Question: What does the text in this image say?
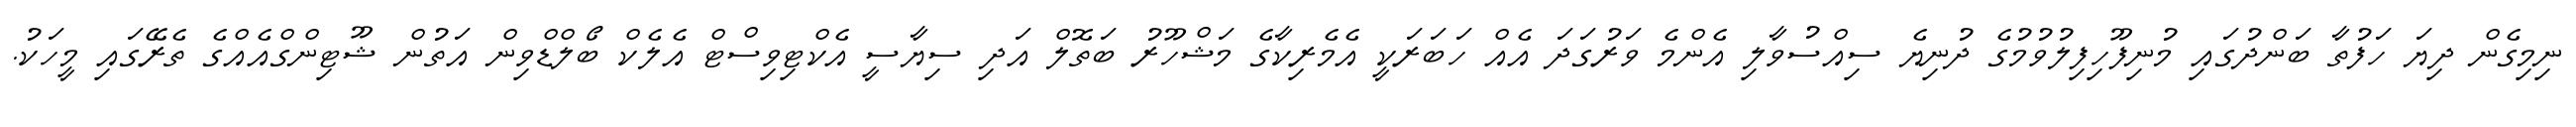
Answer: ނިމިގެން ދިޔަ ހަފުތާ ބަންދުގައި މުނިފޫހިފިލުވުމުގެ ދުނިޔެ ސިއްސުވާލި އެންމެ ވަރުގަދަ އެއް ހަބަރަކީ އެމެރިކާގެ މަޝްހޫރު ބަތޮލް އަދި ސިޔާސީ އެކްޓިވިސްޓް އެލެކް ބޯލްޑްވިން އަތުން ޝޫޓިންގްއެއްގެ ތެރޭގައި މީހަކު.